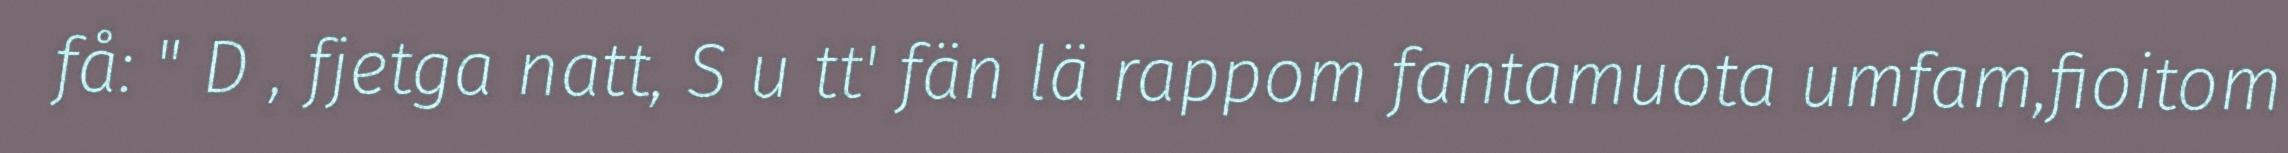
få: " D , fjetga natt, S u tt' fän lä rappom fantamuota umfam,fioitom